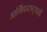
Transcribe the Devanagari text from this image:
आर्थिकदृष्ट्याही